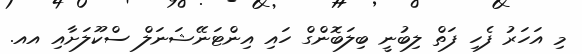
މި އަހަރު ފެހި ފަތް ލިބުނީ ބިލަބޮންގް ހައި އިންޓަނޭޝަނަލް ސްކޫލަށާއި އއ.